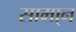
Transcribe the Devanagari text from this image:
सामा्न